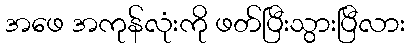
အဖေ အကုန်လုံးကို ဖတ်ပြီးသွားပြီလား